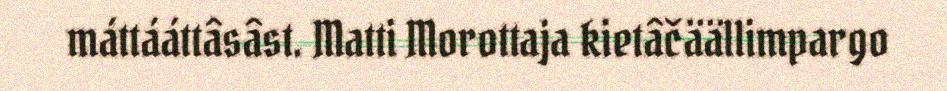
máttááttâsâst. Matti Morottaja kietâčäällimpargo